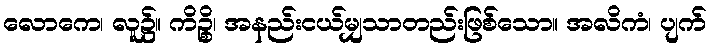
လောကေ၊ လူ၌။ ကိဉ္စိ၊ အနည်းငယ်မျှသာတည်းဖြစ်သော။ အလိကံ၊ ပျက်